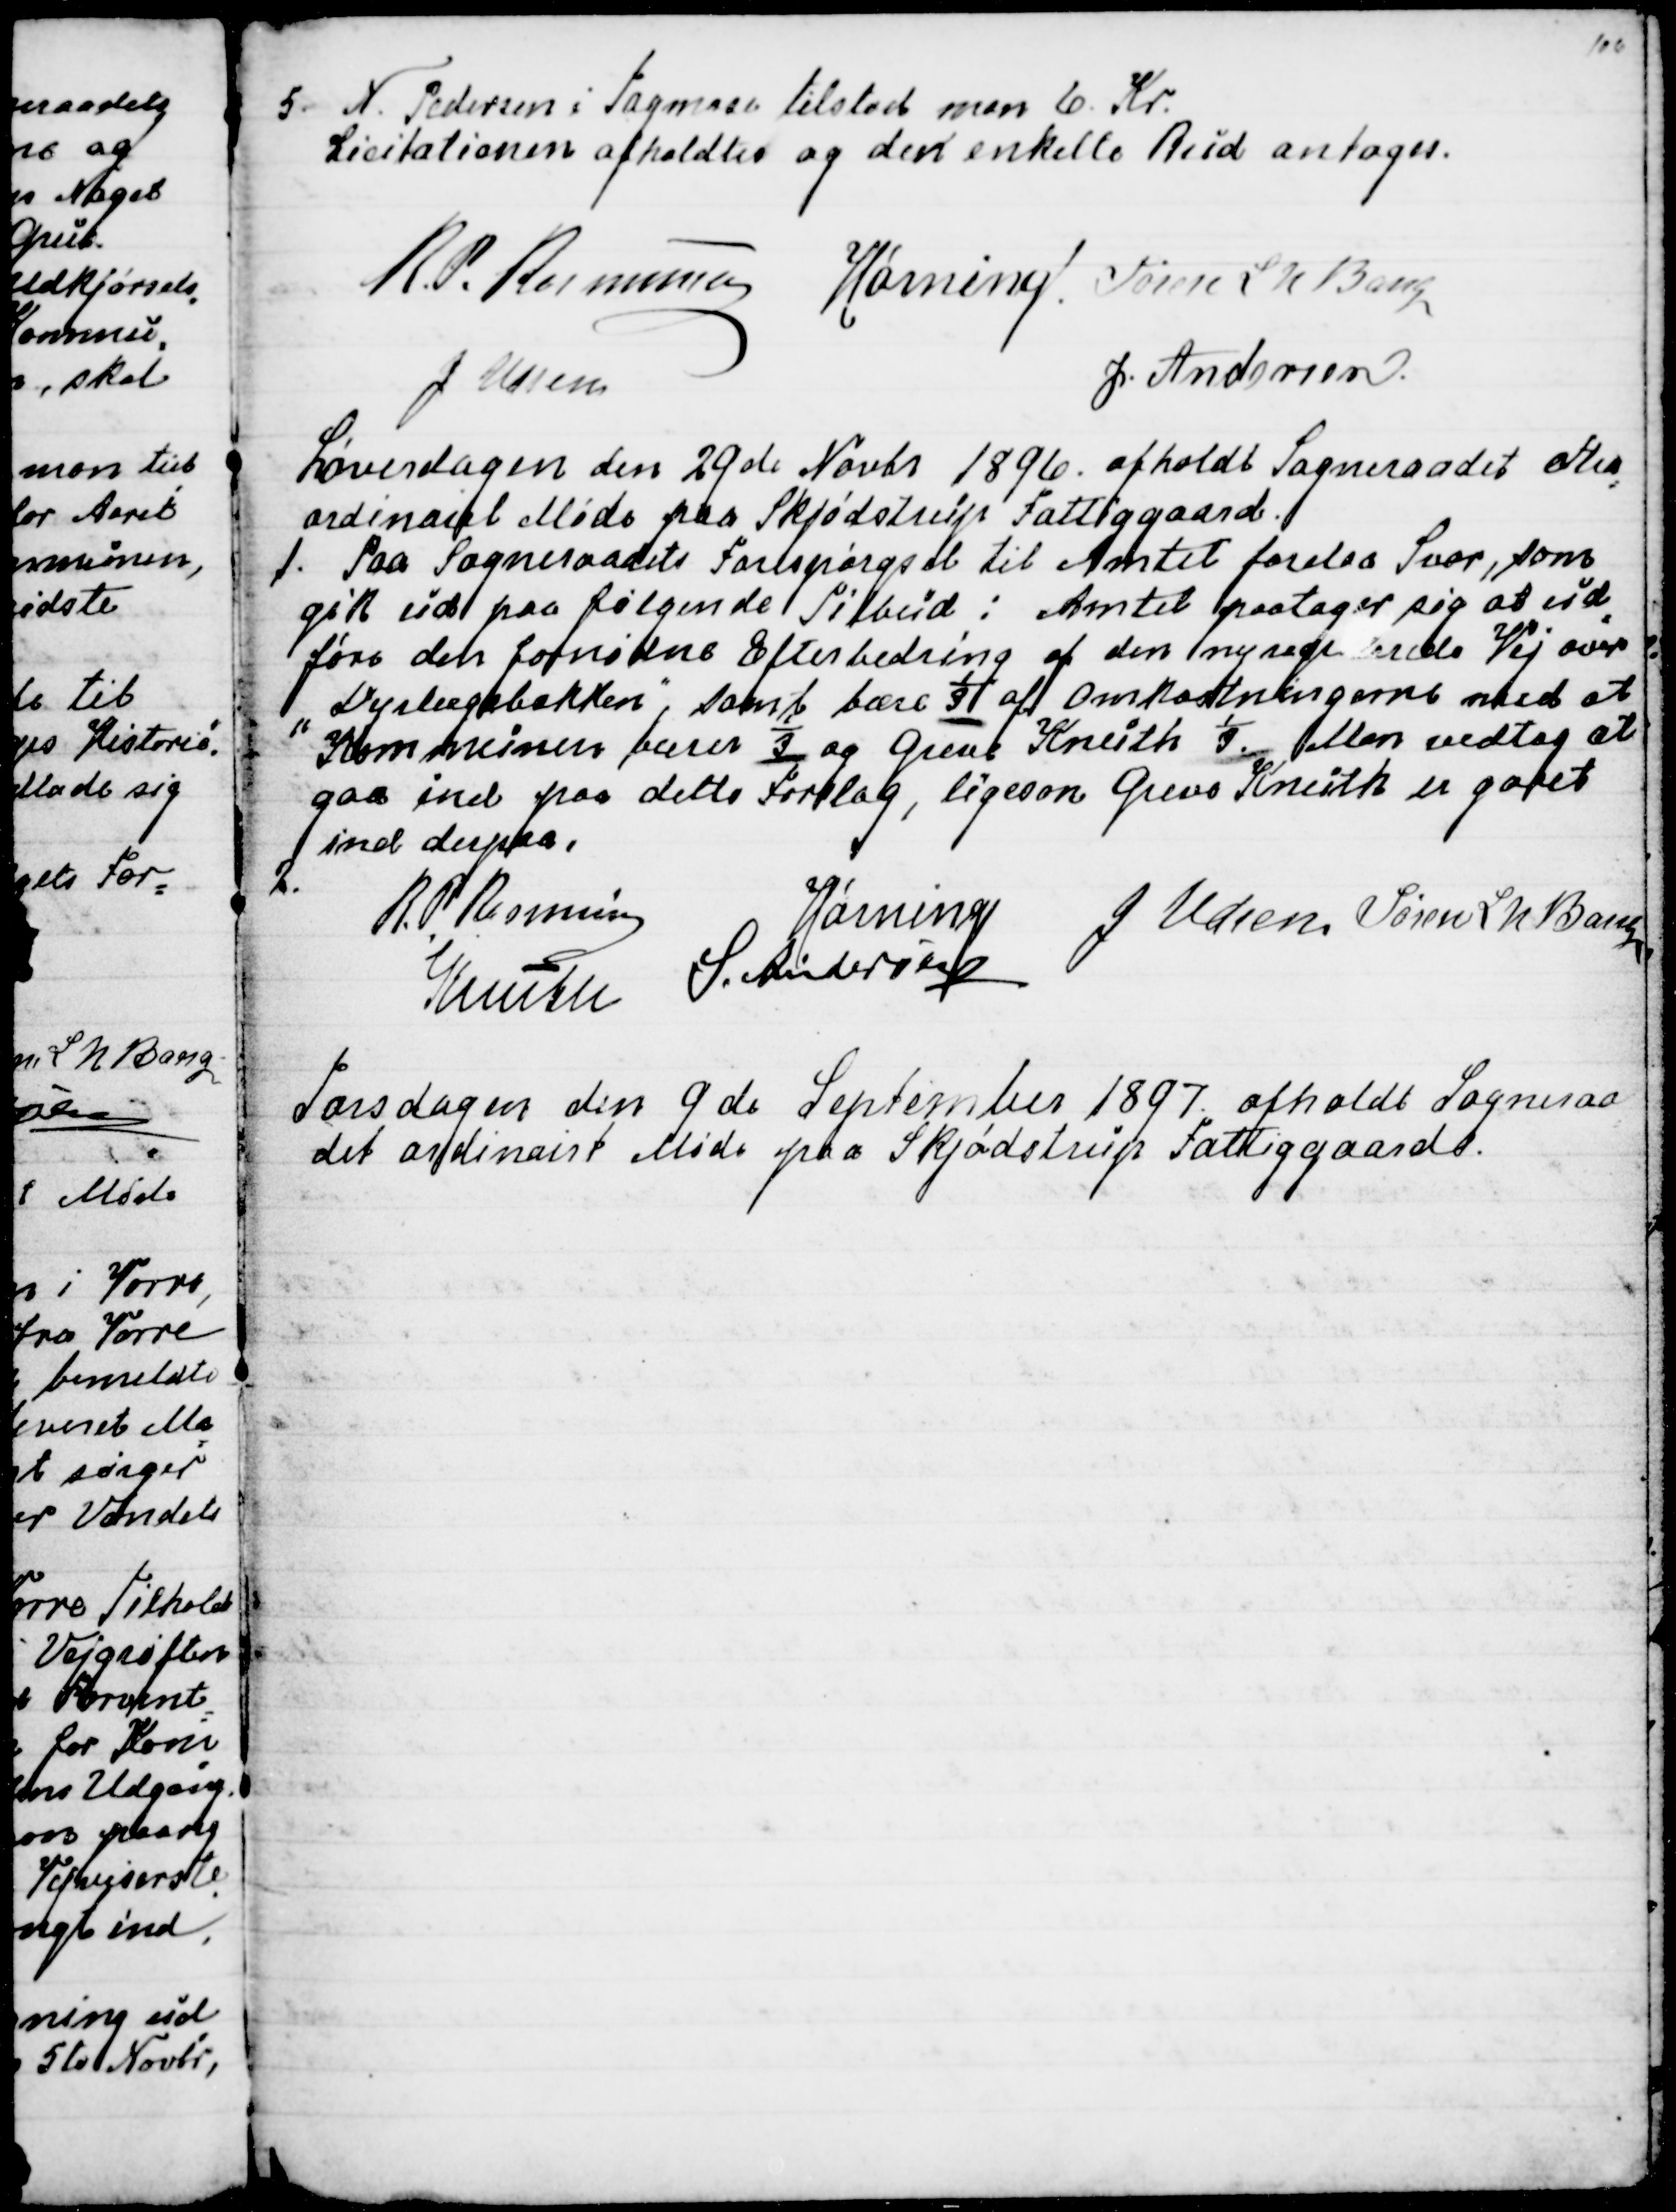
Transskription:
5. N. Pedersen i Tagmose tilstod man 6. Kr.
Licitationen afholdtes og den enkelte Bud antoges.
R. P. Rasmussen
Hørning
Søren L N Bang
J Udsen
J Andersen.

Løverdagen den 29de Novbr 1896 afholdt Sogneraadet extra
=
ordinairt Møde paa Skjødstrup Fattiggaard.
1. Paa Sogneraadets Forespørgsel til Amtet forelaa Svar, som
gik ud paa følgende Tilbud: Amtet paatager sig at ud
-
føre den fornødne Efterbedring af den nyreparerede Vej over
"Dyrlægebakken", samt bære ⅓ af Omkostningerne mod at
 Kommunen bærer ⅓ og Greve Knuth ⅓. Man vedtog at
gaa ind paa dette Forslag, ligesom Greve Knuth er gaaet 
ind derpaa.
2.
R. P. Rasmussen
Hørning
J Udsen
Søren L N Bang
Knuth
S. Andersen

Torsdagen den 9de September 1897 afholdt Sogneraa
det ordinairt Møde paa Skjødstrup Fattiggaard.